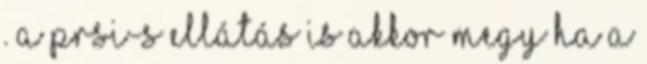
. A PRSI-s ellátás is akkor megy ha a